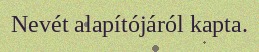
Nevét alapítójáról kapta.